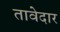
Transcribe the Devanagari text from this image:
तावेदार